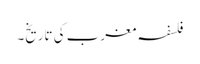
فلسفہ مغرب کی تاریخ۔